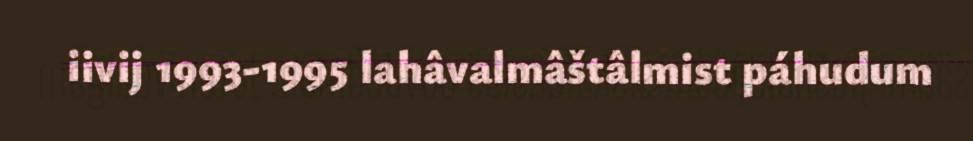
iivij 1993-1995 lahâvalmâštâlmist páhudum